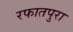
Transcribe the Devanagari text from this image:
रफातपुरा